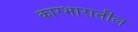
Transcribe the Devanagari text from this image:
कारभारातील